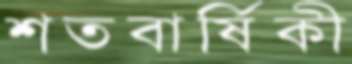
শতবার্ষিকী